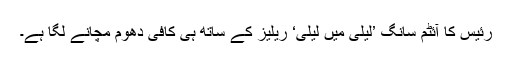
رئیس کا آئٹم سانگ ’لیلی میں لیلی‘ ریلیز کے ساتھ ہی کافی دھوم مچانے لگا ہے۔